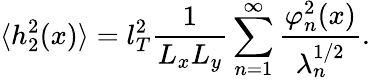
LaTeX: \langle h_{2}^{2}(x)\rangle=l_{T}^{2}\frac{1}{L_{x}L_{y}}\sum_{n=1}^{\infty}\frac{\varphi_{n}^{2}(x)}{\lambda_{n}^{1/2}}.